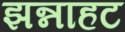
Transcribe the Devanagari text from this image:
झन्नाहट